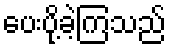
ပေးပို့ခဲ့ကြသည်